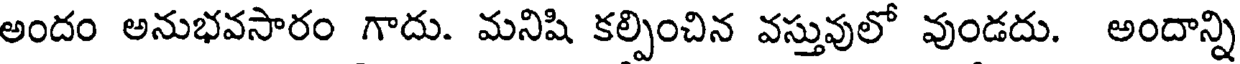
అందం అనుభవసారం గాదు. మనిషి కల్పించిన వస్తువులో వుండదు. అందాన్ని